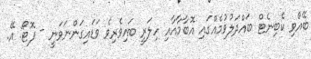
ބޭއްވި ކެބިނެޓް ބައްދަލުވުމެއްގައި އޮބާމާއާއި ހިލަރީ ބައިވެރިވެ ވަޑައިގަންނަވަނީ - ފޮޓޯ: އޭ.